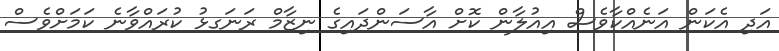
އަދި އެކަން އަނެއްކާވެސް އިއުލާން ކޮށް އާސަންދައިގެ ނިޒާމް ރަނަގޅު ކުރައްވާނެ ކަމަށްވެސް